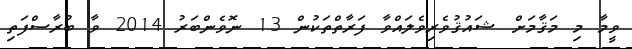
ވީމާ މި މަޤާމަށް ޝައުޤުވެރިވެލައްވާ ފަރާތްތަކުން 13 ނޮވެންބަރު 2014 ވާ ބުރާސްފަތި